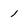
Character: 1